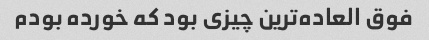
فوق العاده‌ترین چیزی بود که خورده‌ بودم